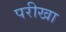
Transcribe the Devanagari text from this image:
परीखा